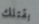
بقتلك